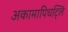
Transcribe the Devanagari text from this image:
अकामापिचट्लि